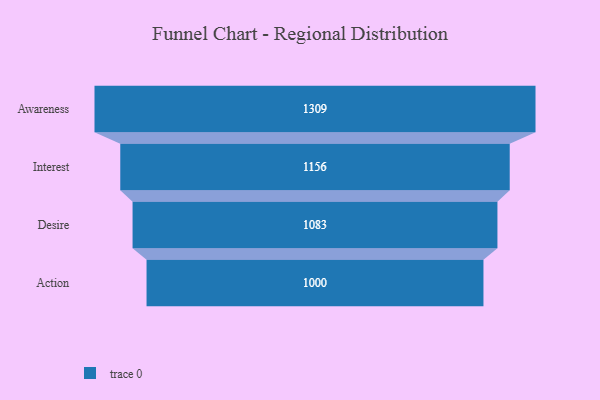
{"axis": {"x": "Stage", "y": "Value"}, "legend": [""], "data": [{"x": "Awareness", "y": 1309.0, "type": ""}, {"x": "Interest", "y": 1156.0, "type": ""}, {"x": "Desire", "y": 1083.0, "type": ""}, {"x": "Action", "y": 1000.0, "type": ""}]}